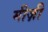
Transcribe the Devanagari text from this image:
मीज़ी